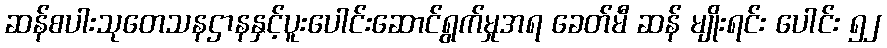
ဆန်စပါးသုတေသနဌာနနှင့်ပူးပေါင်းဆောင်ရွက်မှုအရ ခေတ်မီ ဆန် မျိုးရင်း ပေါင်း ၅၂